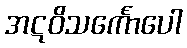
အဋဝိသင်္ကောပေါ